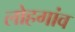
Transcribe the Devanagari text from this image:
लोहगांव